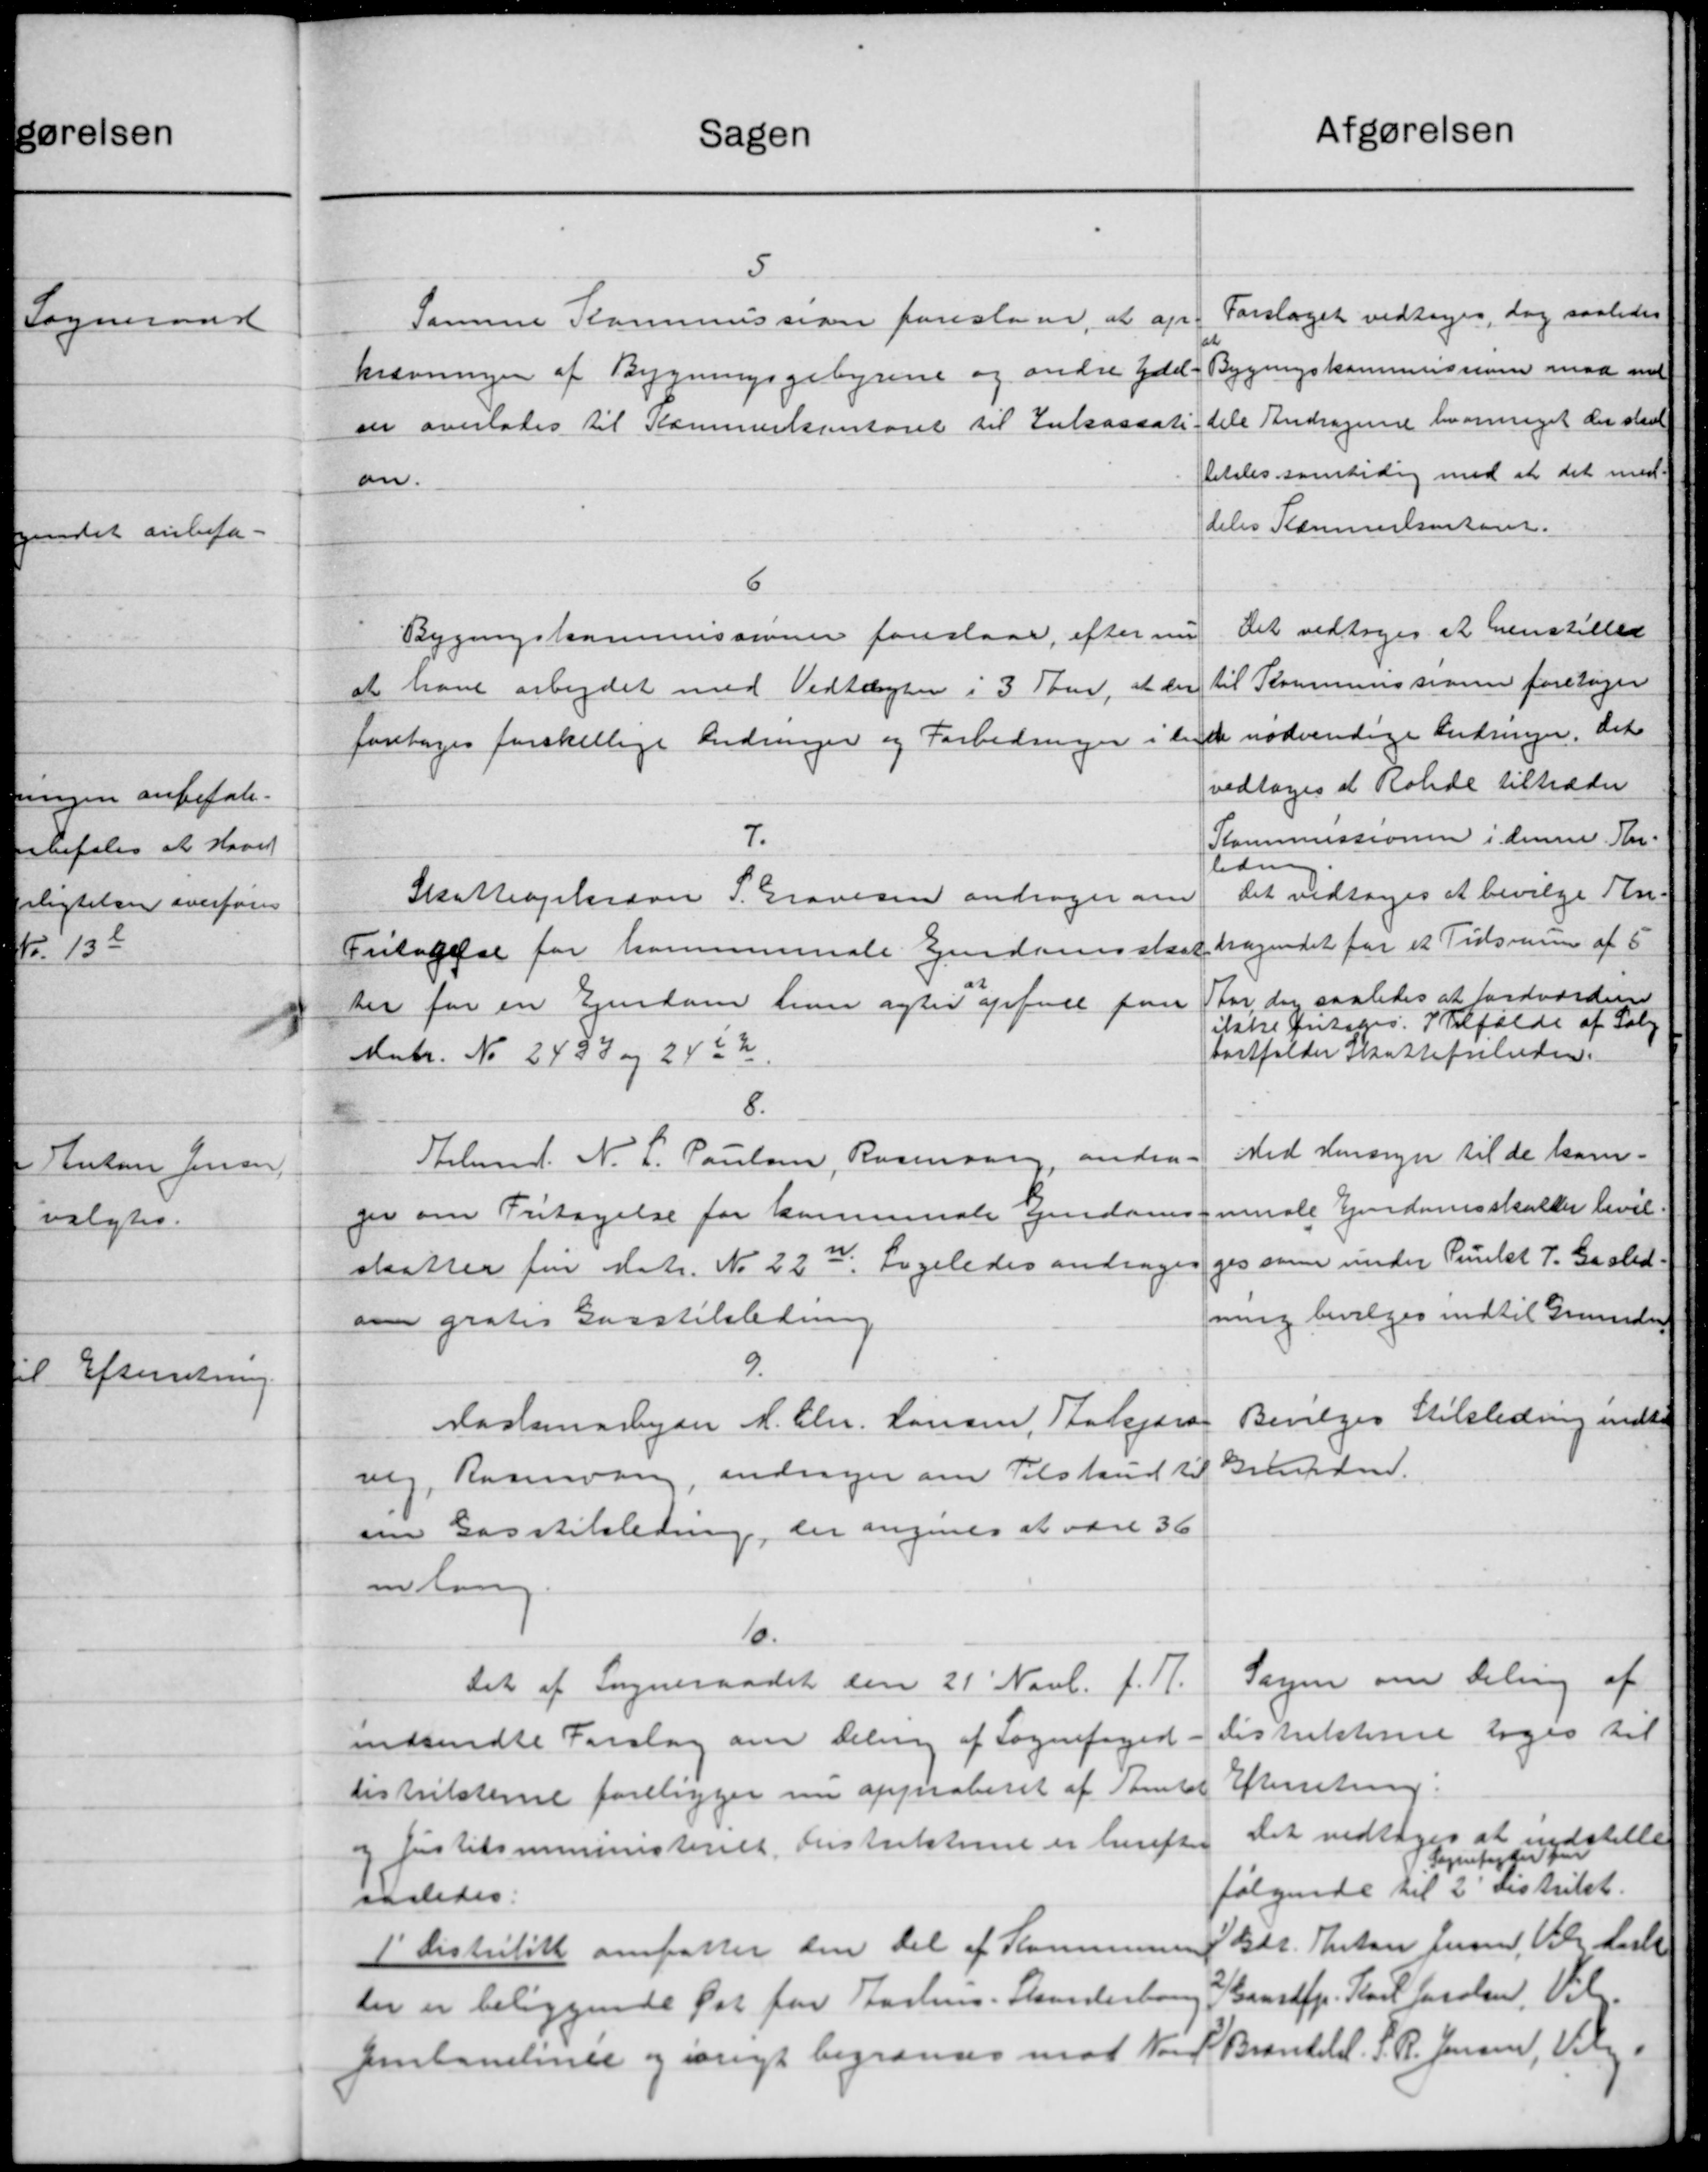
Transskription:
Afgørelsen
Sagen
5
Forslaget vedtoges, dog saaledes
Samme Kommission foreslaar, at op-
Bygningskommissioner mod med
krævningen af Bygningsgebyrene og andre ydel.
dele Andragende hvormeget der skul
eer overlades til Kammerkontoret til Enkassati
betales samtidig med at det med
an.
deles Klammerkontoret.
6
Det vedtoges at henstilles
Bygningskommissioner foreslaar, efter nu
til Kommissionen foretager
at have arbejdet med Vedtægten i 3 Ste, at der
foretages forskellige Ændringer og Forbedringer i lyde nødvendige Ændringer, det
vedtoges at Rolde tiltræder
Kommissionen i denne An-
7.
ledning
Det vedtoges at bevilge An-
Skatteopkræver P. Gravesen andrager om
dragendet for et Tidsrum af 5
Fritagelse for Kommunale Ejendomsskat
For dog saaledes at fordværdene
ter for en Ejendom han agter opføre paa
iske fritages. I Tilfælde af Salg
bortfalder Skattefriheden.
Matr. No. 243 og 24 c 2
8.
Med Hensyn til de kam-
Arbmd. N. L. Poulsen, Rasmusen, andra-
muale Ejendomsskatter bevil
ger om Fritagelse for kommune Ejendoms
ges som under Punkt J. Gasled.
skatter fra Matr. No 22 m. Ligeledes andrager
fning bevilges indtil Grunde
om gratis Gasstilsledning
9.
Bevilges Stilsledning indti
Maalemangen M. Chr. Hansen, Statsjord
Grunden.
vig, Rasmusen, andrager om Tilskud til
om Gasstilsledning, der angives at være 36
mlang.
10.
Sagen om deling af
Det af Sogneraadet den 21' Novb. f. A.
distriktere tages til
indsendte Forslag om deling af Sognefoged
Efterretning.
distrikterne foreligger nu approberet af Amtet
Det vedtoges at indstille
og Justitsministeriet. Instrikteret er herefter
Sognefogder Jen
følgende til 2' Distrikt.
saaledes.
 Gdr. Anton Jensen, Viels Lar
1' Distrititt omfatter den Del af Kommunen
Der er beliggende at for Aarhus Standerbourg 2 Gaardfpr. Karl Jacobsen, Valg-
Jenlandinger og øvrigt begraves mod Nord Brantebel. S. P. Jensen, Valg